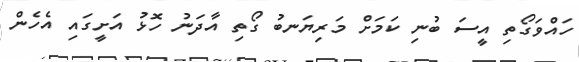
ހައްވަގޯތި އީސަ ބުނި ކަމަށް މަރިޔަނބު ގޯތި އާދަނު ހޮޅު އަށީގައި އެހެން